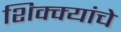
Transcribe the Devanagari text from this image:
शिक्क्यांचे